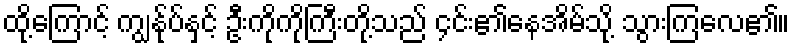
ထို့ကြောင့် ကျွန်ုပ်နှင့် ဦးကိုကိုကြီးတို့သည် ၄င်း၏နေအိမ်သို့ သွားကြလေ၏။